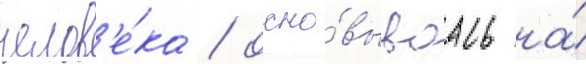
челов'е́ка / осно́вываась на́